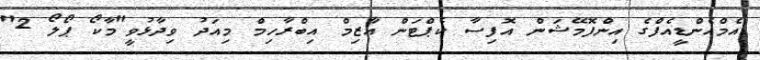
އެމްއެންޑީއެފްގެ އިންފޮމޭޝަން އޮފިސާ ކެޕްޓަން އާޒިމް އިބްރާހިމް މިއަދު ވިދާޅުވީ"މާކޯ ޕޯލޯ 2"